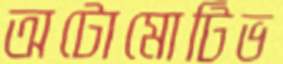
অটোমোটিভ